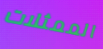
الممثلات